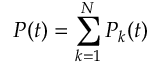
P ( t ) = \sum _ { k = 1 } ^ { N } P _ { k } ( t )